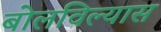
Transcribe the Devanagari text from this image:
बोलविल्यास